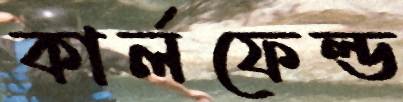
কার্লফেল্ড